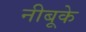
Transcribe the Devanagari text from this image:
नीबूके